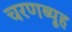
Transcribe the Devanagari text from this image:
चरणब्यूह